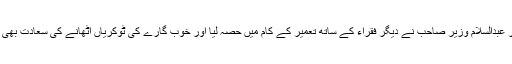
میں نے اور عبدالسلام وزیر صاحب نے دیگر فقراء کے ساتھ تعمیر کے کام میں حصہ لیا اور خوب گارے کی ٹوکریاں اٹھانے کی سعادت بھی حاصل کی۔